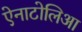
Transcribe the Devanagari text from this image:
ऐनाटोलिआ